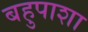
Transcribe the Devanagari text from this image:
बहुपाशा